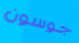
جوسون